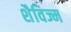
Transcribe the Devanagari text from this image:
शैविज्म